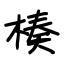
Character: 楱